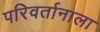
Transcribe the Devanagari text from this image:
परिवर्तानाला